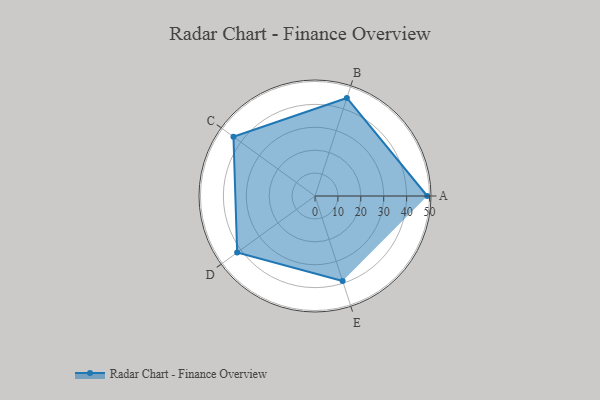
{"axis": {"x": "Skill", "y": "Score"}, "legend": ["Profile"], "data": [{"x": "A", "y": 49.0, "type": "Profile"}, {"x": "B", "y": 45.0, "type": "Profile"}, {"x": "C", "y": 44.0, "type": "Profile"}, {"x": "D", "y": 42.0, "type": "Profile"}, {"x": "E", "y": 39.0, "type": "Profile"}]}